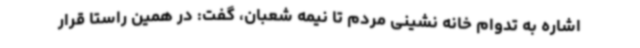
اشاره به تدوام خانه نشینی مردم تا نیمه شعبان، گفت: در همین راستا قرار